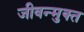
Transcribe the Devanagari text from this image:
जीवन्‍मुक्‍त